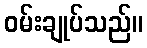
ဝမ်းချုပ်သည်။